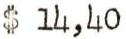
$ 14,40